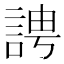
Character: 䛣